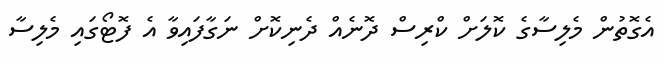
އެގޮތުން މެލިސާގެ ކޮލަށް ކްރިސް ދޮނެއް ދެނިކޮށް ނަގާފައިވާ އެ ފޮޓޯގައި މެލިސާ